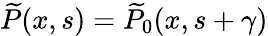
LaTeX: {\widetilde P}(x,s)={\widetilde P}_{0}(x,s+\gamma)